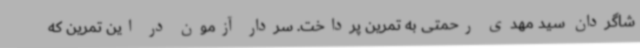
شاگردان سید مهدی رحمتی به تمرین پرداخت. سردار آزمون در این تمرین که